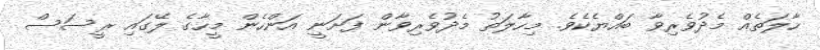
ހާލަތެއް މެދުވެރިވާ ބައްޔެކެވެ. މިހާލަތު މެދުވެރިވާން ފަށަނީ އަންހެން މީހާގެ ލޭގައި ރީސަސް